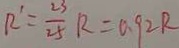
R ^ { \prime } = \frac { 2 3 } { 2 5 } R = 0 . 9 2 R